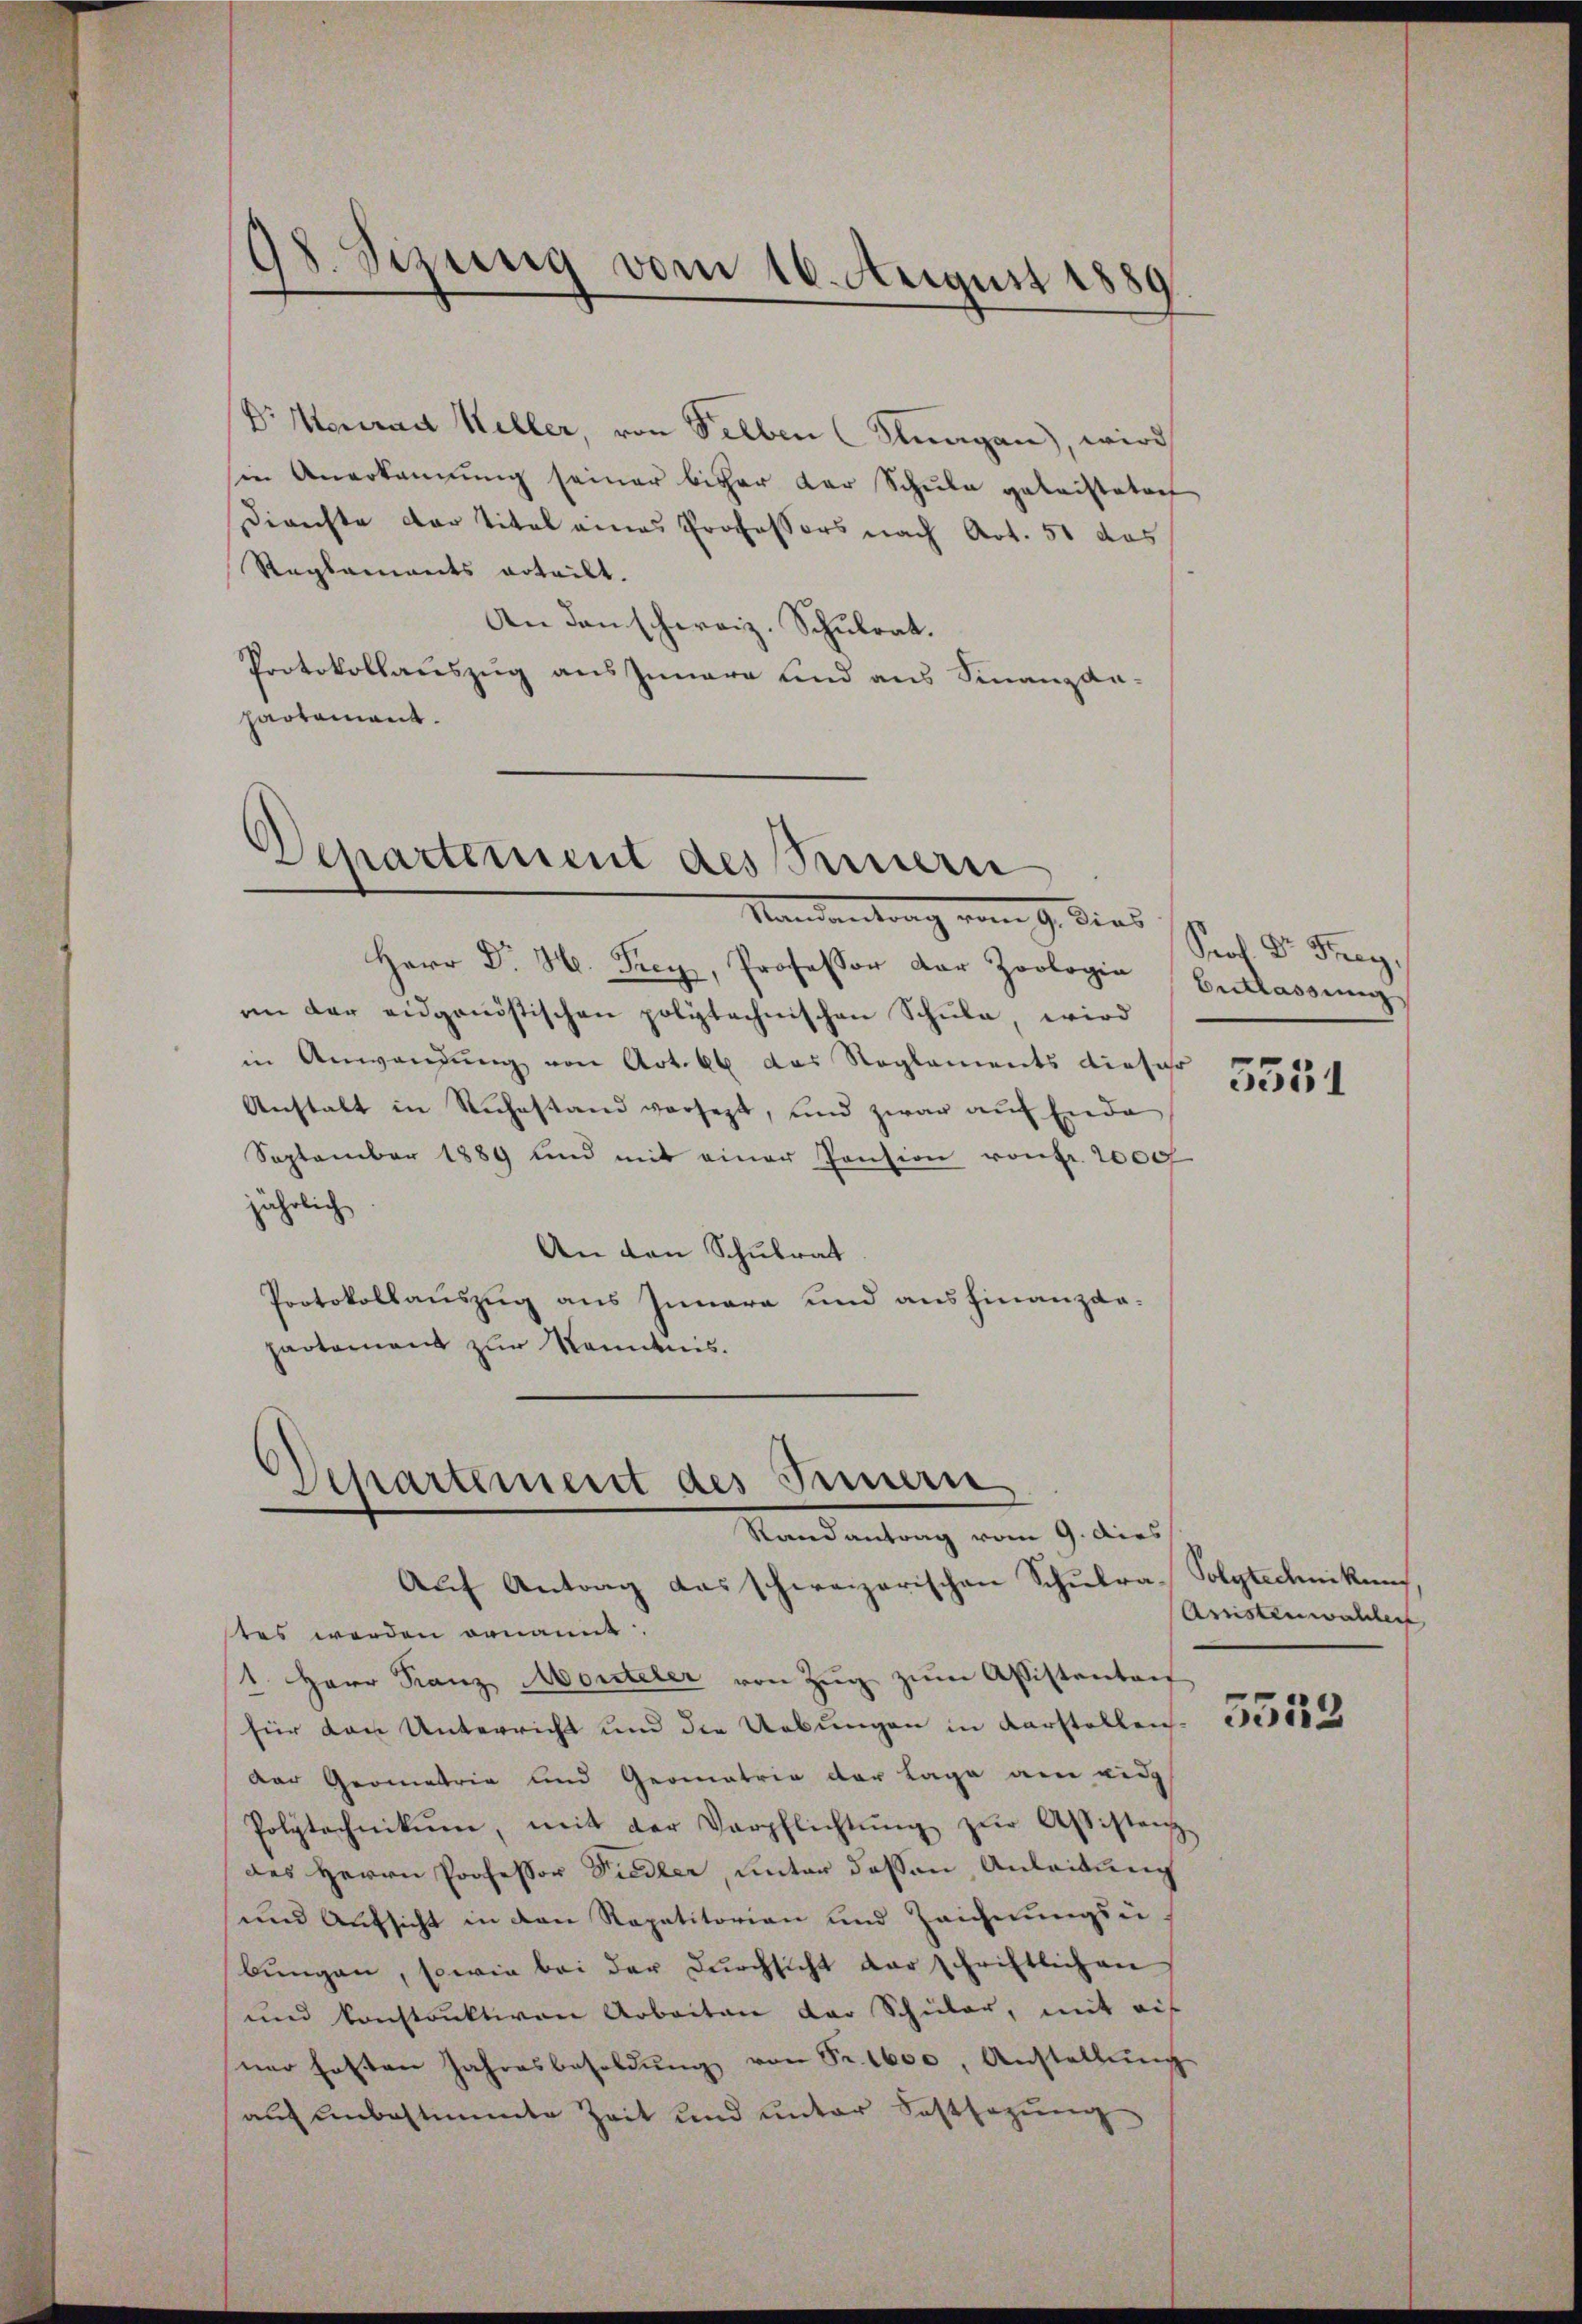
)
08. Sizung vom 16. August 1889

Dr. Konrad Keller, von Selben (Stragen, wird
sin Anerkannung seiner bisher der Schule geleistatoch
Direchte der Titel eines Professors nach Art. 51 das
Reglements erteilt.
An den schweiz. Schulrat.
Protokollauszug aus Innern und aus Finanzan-
partament.

Departement des Seinern
Mandantrag vom 9. dies

Herr Dr. H. Frey, Professor Dar Zoologia
an der eidgenöstischen polytechnischen Schule, wird
in Anwendung von Art. 66 das Reglements dieser
Anstalt in Ruhestand versezt, und zwar auf Ende
September 1889 und mit einer Pension von Fr. 2000f
jährlich
An den Schulrat
Protokollauszug aus Innere und ausfinanzdapartement zur Kenntnis.

Departement des Innern
Randantrag vom 9. dies

Auf Antrag das schweizerischen Schulra- Polytechnikum
res werden genannt.
1. Herr Franz Monteler von Zŭg zŭm Assistentaif
für den Unterricht und die Uebungen in Karstellen.
Der Geometrie und Geometrie der Lage am eidg
Polytechnikum, mit der Verpflichtŭng zŭr Assistenz
des Herrn Professor Piedler, unter dessen Anleitung
und Aufsicht in den Repetitorien und Zeichnungsu
bŭngen, sowie bei der Dŭrchsicht der schriftlichen
und konstruktiven Arbeiten der Schüler, mit eif
ner hatten Jahresbesoldŭng von Fr. 1600, Anstellŭng
auf unbestimmte Zeit und unter Festsagung

Sood Dr. Frey
Entlassung

5551

Arnstenwalten

3533